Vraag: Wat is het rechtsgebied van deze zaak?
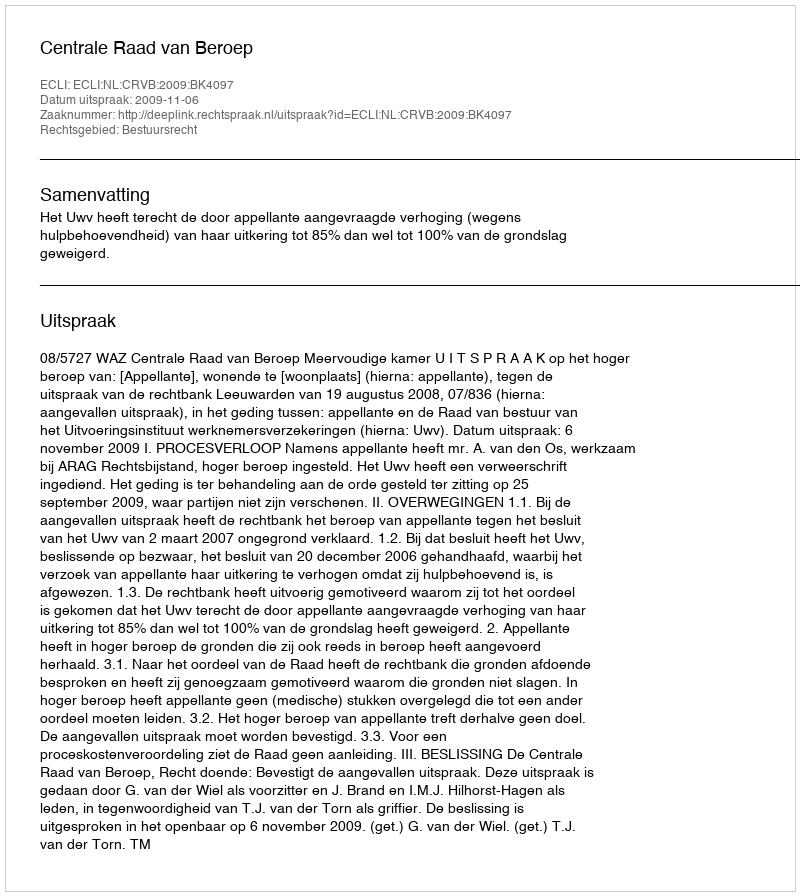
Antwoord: Bestuursrecht